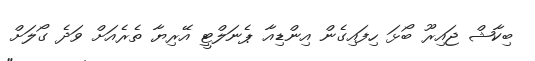
ބިކާޝް ޖައިރޫ ބޯޅަ ހިފައިގެން އިންޑިއާ ޕެނަލްޓީ އޭރިޔާ ތެރެއަށް ވަދެ ގޯލަށް